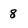
Character: 8